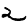
Digit: 2